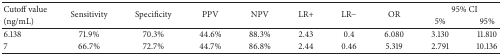
<table><thead><tr><td><b>Cutoff value</b></td><td rowspan="2"><b>Sensitivity</b></td><td rowspan="2"><b>Specificity</b></td><td rowspan="2"><b>PPV</b></td><td rowspan="2"><b>NPV</b></td><td rowspan="2"><b>LR+</b></td><td rowspan="2"><b>LR−</b></td><td rowspan="2"><b>OR</b></td><td colspan="2"><b>95% CI</b></td></tr><tr><td><b>(ng/mL)</b></td><td><b>5%</b></td><td><b>95%</b></td></tr></thead><tbody><tr><td>6.138</td><td>71.9%</td><td>70.3%</td><td>44.6%</td><td>88.3%</td><td>2.43</td><td>0.4</td><td>6.080</td><td>3.130</td><td>11.810</td></tr><tr><td>7</td><td>66.7%</td><td>72.7%</td><td>44.7%</td><td>86.8%</td><td>2.44</td><td>0.46</td><td>5.319</td><td>2.791</td><td>10.136</td></tr></tbody></table>